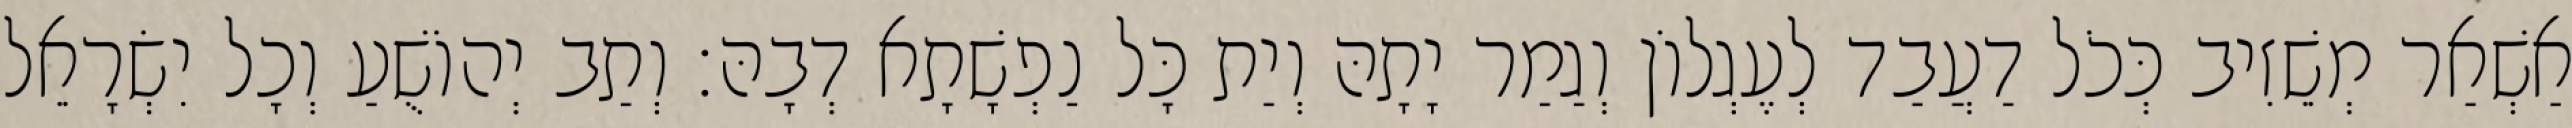
אַשְׁאַר מְשֵׁזִיב כְּכֹל דַעֲבַד לְעֶגְלוֹן וְגַמַר יָתָהּ וְיַת כָּל נַפְשָׁתָא דְבָהּ׃ וְתַב יְהוֹשֻׁעַ וְכָל יִשְׂרָאֵל